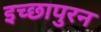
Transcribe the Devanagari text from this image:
इच्छापुरन